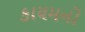
કાયમનો